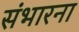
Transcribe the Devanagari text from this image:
संभारना